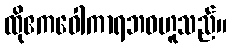
ထိုဧကဝေါကာရဘဝဟူသည်။